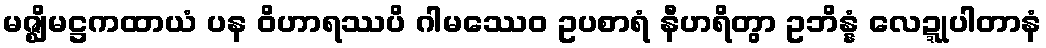
မဇ္ဈိမဋ္ဌကထာယံ ပန ဝိဟာရဿပိ ဂါမဿေဝ ဥပစာရံ နီဟရိတွာ ဥဘိန္နံ လေဍ္ဍုပါတာနံ